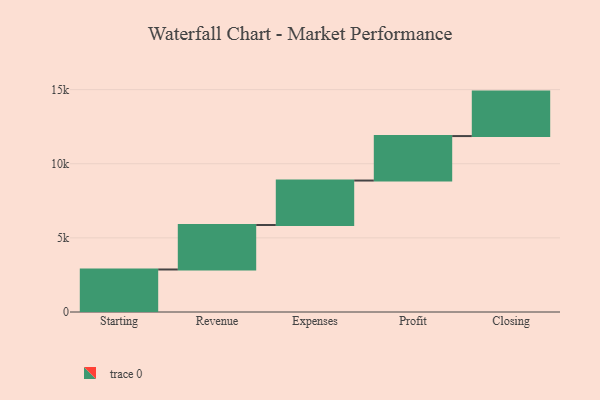
{"axis": {"x": "Step", "y": "Value"}, "legend": [""], "data": [{"x": "Starting", "y": 2868.0, "type": ""}, {"x": "Revenue", "y": 3000, "type": ""}, {"x": "Expenses", "y": 3000, "type": ""}, {"x": "Profit", "y": 3000, "type": ""}, {"x": "Closing", "y": 3000, "type": ""}]}